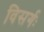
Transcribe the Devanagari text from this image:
विसर्गः